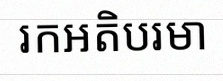
រកអតិបរមា